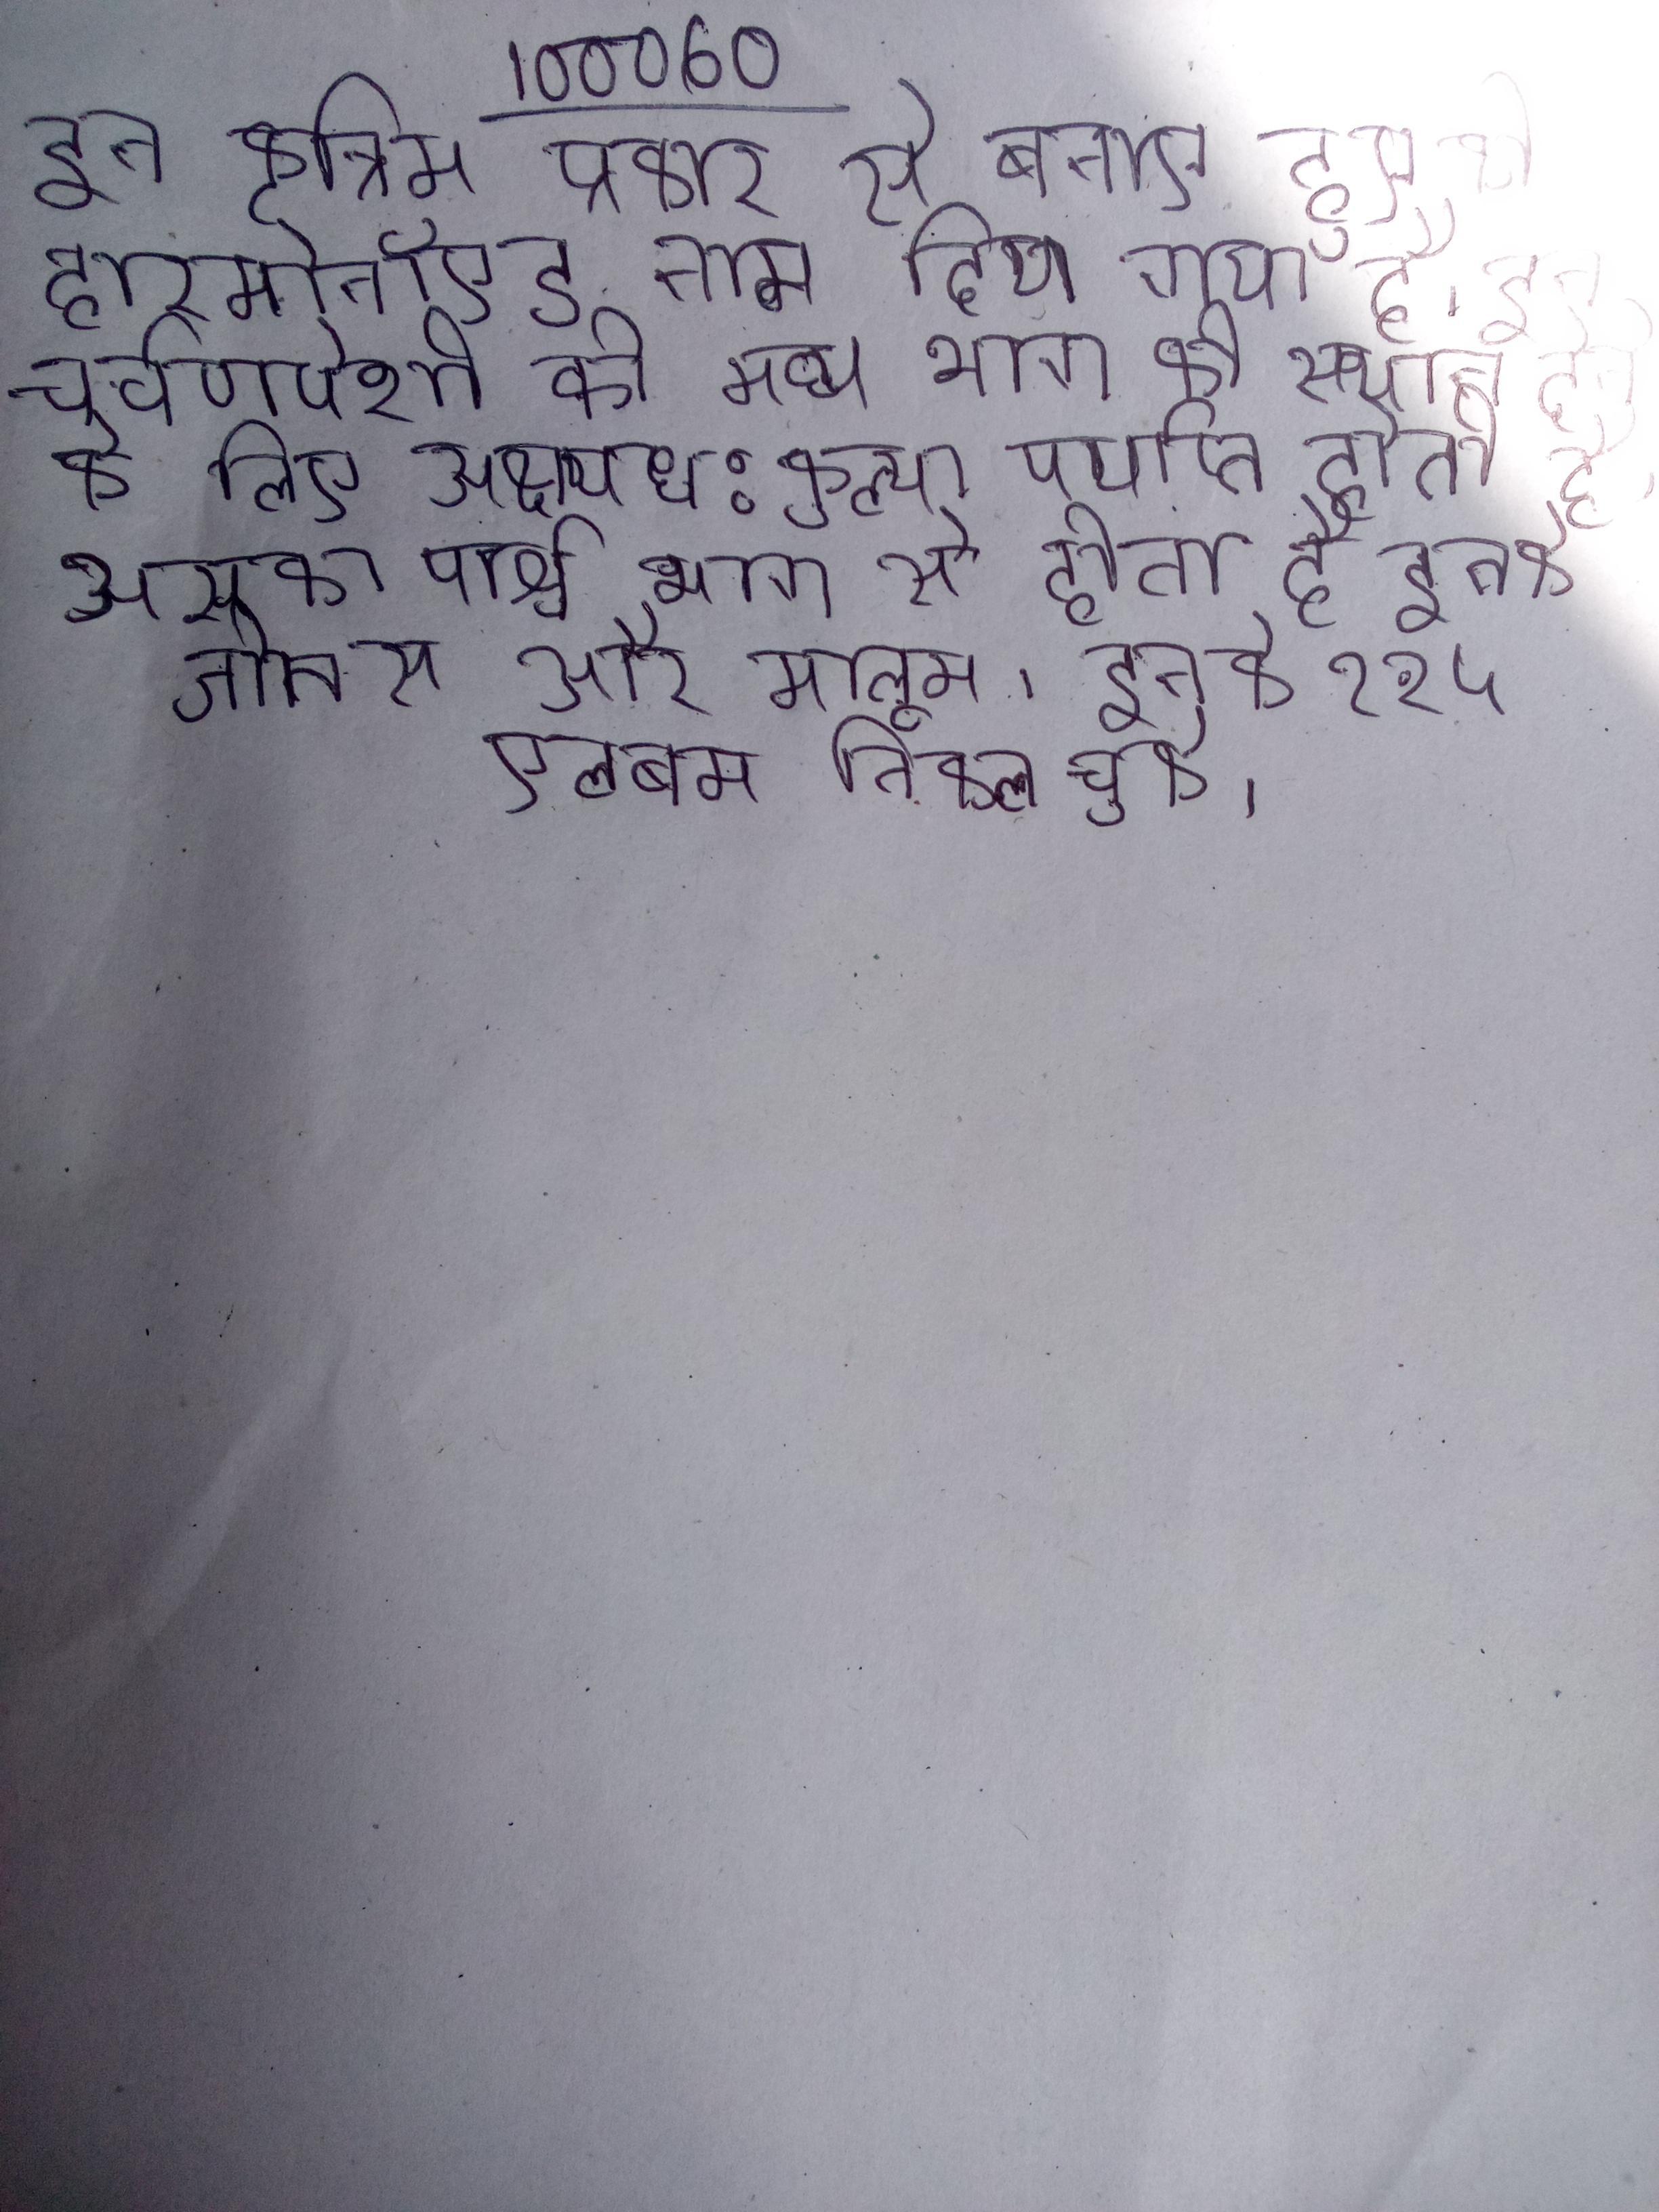
इन कृत्रिम प्रकार से बनाए हुए को हारमोनॉएड नाम दिया गया है । इन चर्वणपेशी के मध्य भाग को स्थान देने के लिए अक्ष्यध:कुल्या पर्याप्त होती है, उसका पार्श्व भाग से होता है । इनके जीनस और मालूम । इनके १२५ एलबम निकल चुके ।